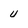
Character: u